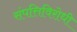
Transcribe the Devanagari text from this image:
संपत्तिविरोधी